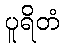
ပူရိတံ